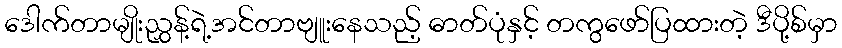
ဒေါက်တာမျိုးညွှန့်ရဲ့အင်တာဗျူးနေသည့် ဓာတ်ပုံနှင့် တကွဖော်ပြထားတဲ့ ဒီပို့စ်မှာ